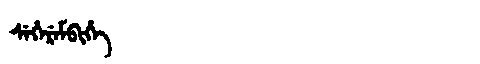
Manchu: ᠰᡝᡥᡝᡵᡝᠮᠪᡳᡥᡝ
Romanization: SEHEREMBIHE